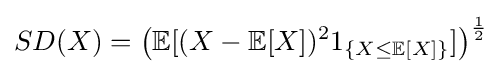
SD(X)=\left(\mathbb {E} [(X-\mathbb {E} [X])^{2}1_{\{X\leq \mathbb {E} [X]\}}]\right)^{\frac {1}{2}}